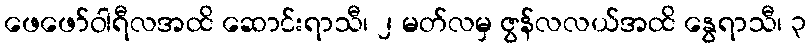
ဖေဖော်ဝါရီလအထိ ဆောင်းရာသီ၊ ၂ မတ်လမှ ဇွန်လလယ်အထိ နွေရာသီ၊ ၃